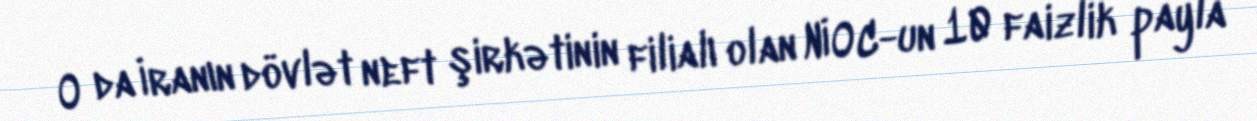
O da İranın dövlət neft şirkətinin filialı olan NİOC-un 10 faizlik payla